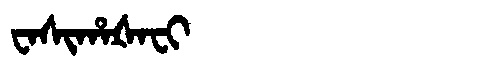
Manchu: ᠸᠠᠰᡳᡥᠠᡧᠠᠸᡳ
Romanization: WASIHAŠAFI